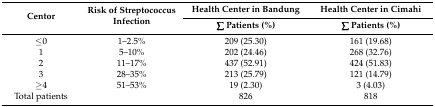
| <ROWSPAN=2> Centor | <ROWSPAN=2> Risk of Streptococcus Infection | Health Center in Bandung | Health Center in Cimahi |
 | ∑ Patients (%) | ∑ Patients (%) |
 | --- | --- | --- | --- |
 | ≤0 | 1–2.5% | 209 (25.30) | 161 (19.68) |
 | 1 | 5–10% | 202 (24.46) | 268 (32.76) |
 | 2 | 11–17% | 437 (52.91) | 424 (51.83) |
 | 3 | 28–35% | 213 (25.79) | 121 (14.79) |
 | ≥4 | 51–53% | 19 (2.30) | 3 (4.03) |
 | Total patients |  | 826 | 818 |